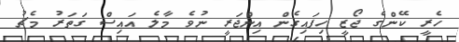
ހެރީ ކޭންގެ ޖޯޒީ ހިފައިގެން އިންޖަރީ ނުވެ މާލެ އައިސް ގަތަރު މެޗު